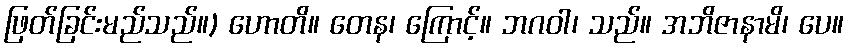
ဖြတ်ခြင်းမည်သည်။) ဟောတိ။ တေန၊ ကြောင့်။ ဘဂဝါ၊ သည်။ အဘိဇာနာမိ၊ ပေ။